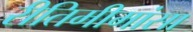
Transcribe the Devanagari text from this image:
रीतिमीमांसा